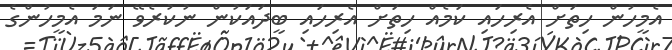
އެމީހުން ހިތަށް އެރިހައި ކަމެއް ހިތަށް އެރިހައި ބީދައަކުން ނުކުރެވޭ ނަމަ އެމީހުންގެ